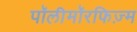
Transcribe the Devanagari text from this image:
पॉलीमॉरफिज़्म